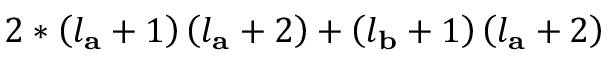
2 * \left( l _ { \mathbf { a } } + 1 \right) \left( l _ { \mathbf { a } } + 2 \right) + \left( l _ { \mathbf { b } } + 1 \right) \left( l _ { \mathbf { a } } + 2 \right)